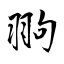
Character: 翑